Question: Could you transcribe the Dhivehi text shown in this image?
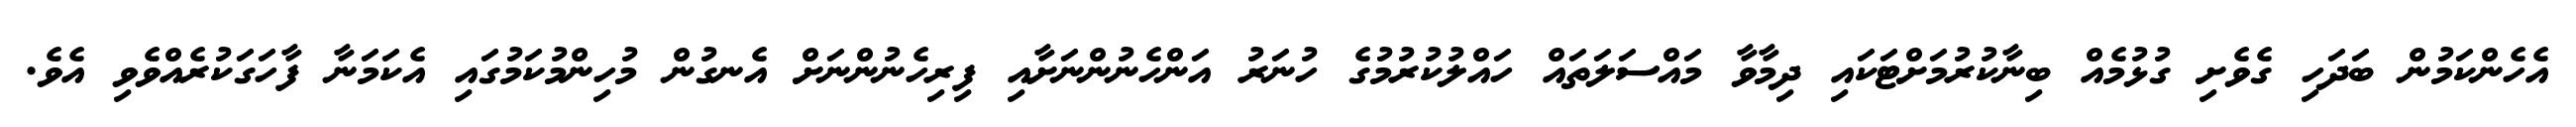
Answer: އެހެންކަމުން ބަދަހި ގެވެށި ގުޅުމެއް ބިނާކުރުމަށްޓަކައި ދިމާވާ މައްސަލަތައް ހައްލުކުރުމުގެ ހުނަރު އަންހެނުންނަށާއި ފިރިހެނުންނަށް އެނގުން މުހިންމުކަމުގައި އެކަމަނާ ފާހަގަކުރެއްވެވި އެވެ.